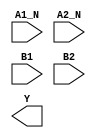
module sky130_fd_sc_hs__a2bb2oi (
    //# {{data|Data Signals}}
    input  A1_N,
    input  A2_N,
    input  B1  ,
    input  B2  ,
    output Y
);

    // Voltage supply signals
    supply1 VPWR;
    supply0 VGND;

endmodule